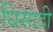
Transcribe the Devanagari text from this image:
धिसादी